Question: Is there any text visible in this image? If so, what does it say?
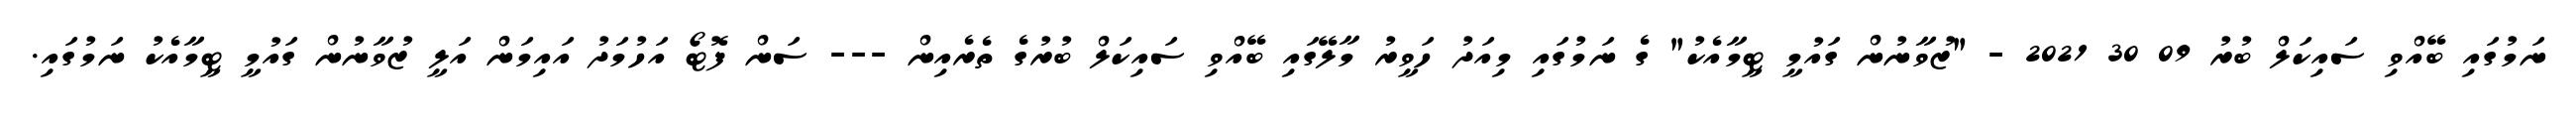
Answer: ނަމުގައި ބޭއްވި ސައިކަލް ބުރު 09 30 2021 - "ޒުވާނުން ގައުމީ ޓީމާއެކު" ގެ ނަމުގައި މިއަދު ހަވީރު މާލޭގައި ބޭއްވި ސައިކަލް ބުރުގެ ތެރެއިން --- ސަން ފޮޓޯ އަހުމަދު އައިމަން އަލީ ޒުވާނުން ގައުމީ ޓީމާއެކު ނަމުގައި.